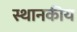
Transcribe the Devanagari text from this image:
स्थानकीय